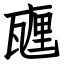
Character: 甅